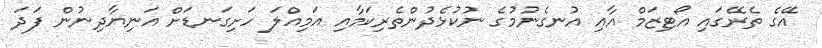
އޭގެ ތެރޭގައި އޯޓިޒަމް އާއި އުނގެނުމުގެ ނުކުޅެދުންތެރިކަމާއި އަމިއްލަ ހަށިގަނޑަށް އަނިޔާދިނުން ފަދަ